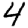
Digit: 4